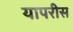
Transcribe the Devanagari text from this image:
यापरीस